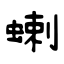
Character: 蝲